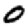
Digit: 0